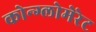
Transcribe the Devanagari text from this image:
कोन्ग्लोमेरेट